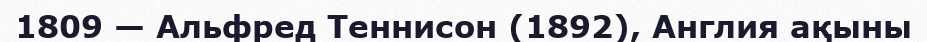
1809 — Альфред Теннисон (1892), Англия ақыны